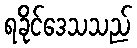
ရခိုင်ဒေသသည်